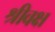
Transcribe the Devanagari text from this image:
श्रीवक्ष